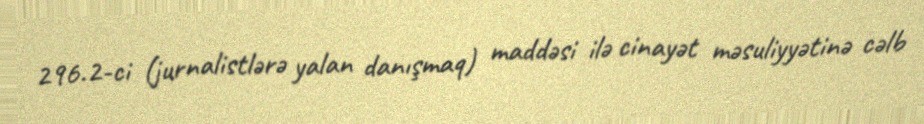
296.2-ci (jurnalistlərə yalan danışmaq) maddəsi ilə cinayət məsuliyyətinə cəlb